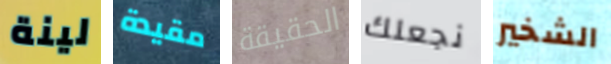
لينة مقيدة الحقيقة نجعلك الشخير